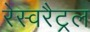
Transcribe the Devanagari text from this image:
रेस्वरैट्रल